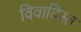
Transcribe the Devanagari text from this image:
विवादिस्त